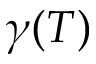
\gamma ( T )